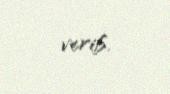
verib.